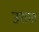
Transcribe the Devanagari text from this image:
उराया